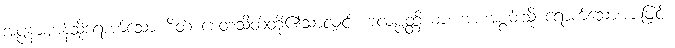
အပ္ပနာဈာန်သို့ရောက်သော စိတ် စေတသိတ်တို့၏သာလျှင်။ ဗလပ္ပတ္တိယာ၊ အားအစွမ်းသို့ ရောက်သောအားဖြင့်။